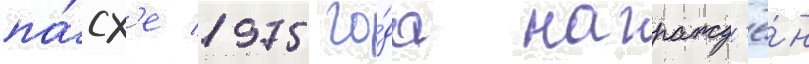
па́сх'е 1975 го́да награжд'ё́н